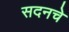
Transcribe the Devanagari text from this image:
सदनचे